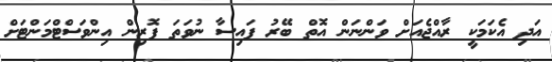
އަދި އެކަމަކީ ރާއްޖެއަށް ވަންނަން އޮތް ބޭރު ފައިސާ ނުވަތަ ފޮރިން އިންވަސްޓްމަންޓަށް